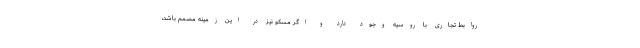
روابط تجاری با روسیه وجود دارد و اگر مسکو نیز در این زمینه مصمم باشد،